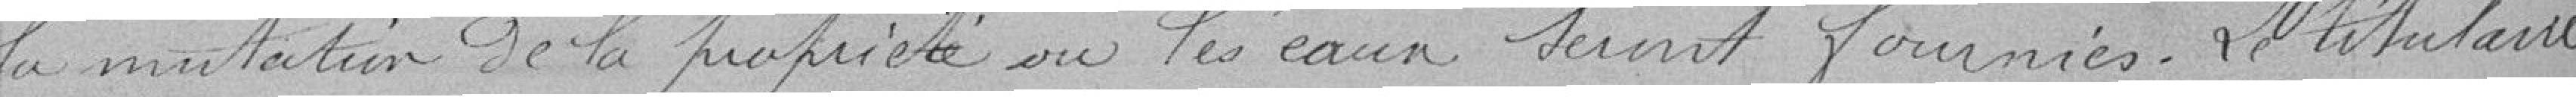
la mutation de la propriété où les eaux seront fournies. Le titulaire